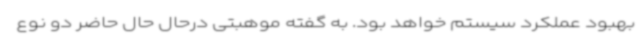
بهبود عملکرد سیستم خواهد بود. به گفته موهبتی درحال حال حاضر دو نوع